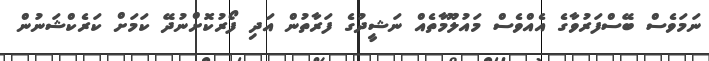
ނަމަވެސް ބޭސްފަރުވާގެ އެއްވެސް މައުލޫމާތެއް ނަޝީދުގެ ފަރާތުން އަދި ފޯރުކޮށްނުދޭ ކަމަށް ކަރެކްޝަނުން